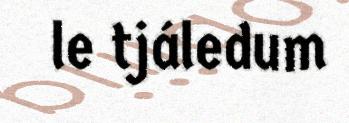
le tjáledum